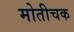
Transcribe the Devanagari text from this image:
मोतीचक